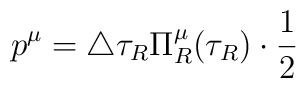
p^\mu=\triangle\tau_R\Pi^\mu_R(\tau_R)\cdot\frac12